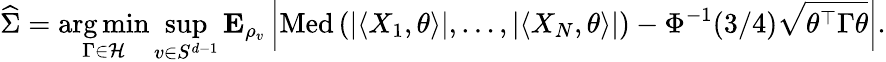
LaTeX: \widehat{\Sigma}=\mathop{\mathrm{arg}\, \mathrm{min}}_{\Gamma\in\mathcal{H}}\operatorname*{sup}_{v\in S^{d-1}}{\mathbf E}_{\rho_{v}}\left|\operatorname{Med}\left(|\langle X_{1},\theta\rangle|,\ldots,|\langle X_{N},\theta\rangle|\right)-\Phi^{-1}(3/4)\sqrt{\theta^{\top}\Gamma\theta}\right|.